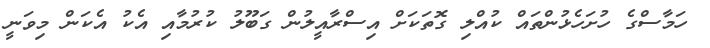
ހަމާސްގެ ހުށަހެޅުންތައް ކުއްލި ގޮތަކަށް އިސްރާއީލުން ގަބޫލު ކުރުމާއި އެކު އެކަން މިވަނީ